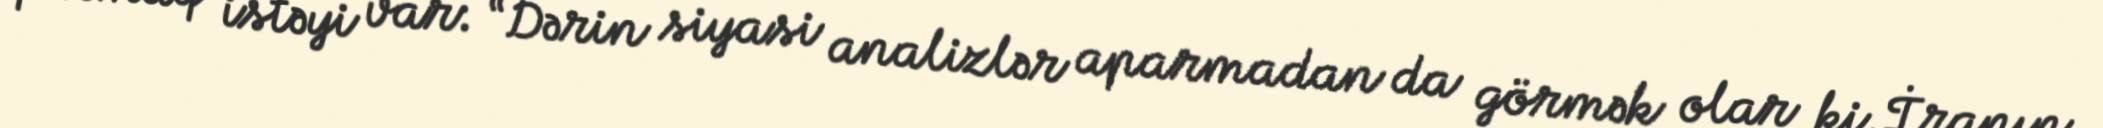
qurmaq istəyi var: “Dərin siyasi analizlər aparmadan da görmək olar ki, İranın